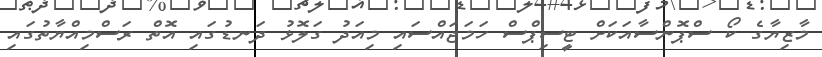
މާޒިޔާގެ ކޯ ސްޕޮންސާއަކަށް ޓީސިޕްސް ހަމަޖައްސައި މިއަދު ގަލޮޅު ދަނޑުގައި އޮތް ރަސްމިއްޔާތުގައި